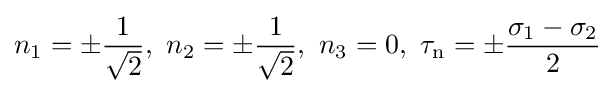
n_{1}=\pm {\frac {1}{\sqrt {2}}},\,\,n_{2}=\pm {\frac {1}{\sqrt {2}}},\,\,n_{3}=0,\,\,\tau _{\text{n}}=\pm {\frac {\sigma _{1}-\sigma _{2}}{2}}